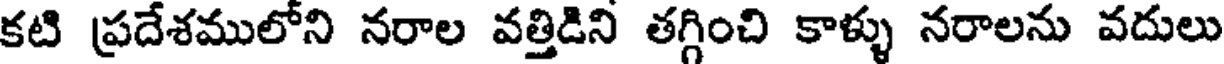
కటి ప్రదేశములోని నరాల వత్తిడిని తగ్గించి కాళ్ళు నరాలను వదులు